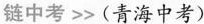
链中考 >>(青海中考)